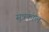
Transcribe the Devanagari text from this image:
सुत्रकाल